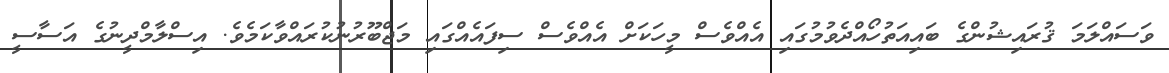
ވަސައްލަމަ ޤުރައިޝުންގެ ބައިއަތުހޯއްދެވުމުގައި އެއްވެސް މީހަކަށް އެއްވެސް ސިފައެއްގައި މަޖްބޫރުނުކުރައްވާކަމެވެ. އިސްލާމްދީނުގެ އަސާސީ